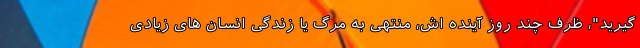
گیرید"، ظرف چند روز آینده اش، منتهی به مرگ یا زندگی انسان های زیادی